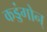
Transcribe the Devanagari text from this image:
कड्डंगोन्